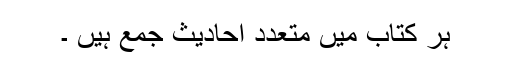
ہر کتاب میں متعدد احادیث جمع ہیں ۔